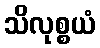
သိလုစ္စယံ